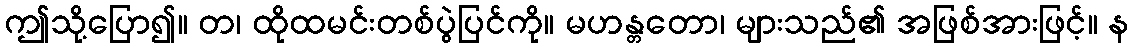
ဤသို့ပြော၍။ တ၊ ထိုထမင်းတစ်ပွဲပြင်ကို။ မဟန္တတော၊ များသည်၏ အဖြစ်အားဖြင့်။ န